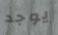
يوجد